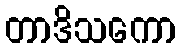
တာဒိသကော